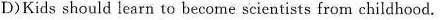
D)Kids should learn to become scientists from childhood.